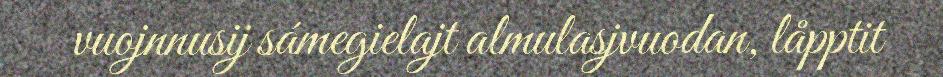
vuojnnusij sámegielajt almulasjvuodan, låpptit